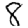
Digit: 8